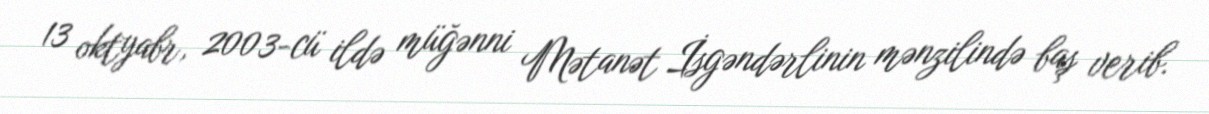
13 oktyabr, 2003-cü ildə müğənni Mətanət İsgəndərlinin mənzilində baş verib.